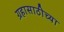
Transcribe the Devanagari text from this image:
ग्रहासाठीच्या